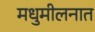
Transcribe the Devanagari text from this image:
मधुमीलनात